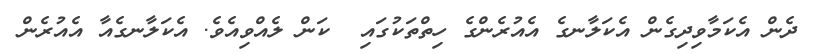
ދެން އެކަމާވިދިގެން އެކަލާނގެ އެއުރެންގެ ހިތްތަކުގައި  ކަން ލެއްވިއެވެ. އެކަލާނގެއާ އެއުރެން